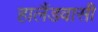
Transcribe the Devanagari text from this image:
हालैंडवासी